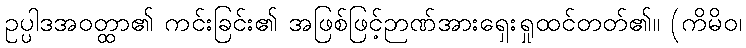
ဥပ္ပါဒအဝတ္ထာ၏ ကင်းခြင်း၏ အဖြစ်ဖြင့်ဉာဏ်အားရှေးရှုထင်တတ်၏။ (ကိမိဝ၊